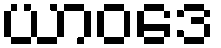
ယာဝဒေ